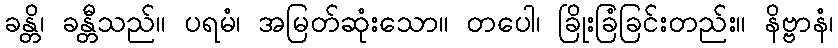
ခန္တိ၊ ခန္တီသည်။ ပရမံ၊ အမြတ်ဆုံးသော။ တပေါ၊ ခြိုးခြံခြင်းတည်း။ နိဗ္ဗာနံ၊